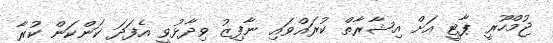
ޖުމްހޫރީ ޕާޓީ އަށް އިޝާރާތް ކުރައްވައި ނާފިޒު ވިދާޅުވީ އެފަދަ ކަންކަން ކުރާ